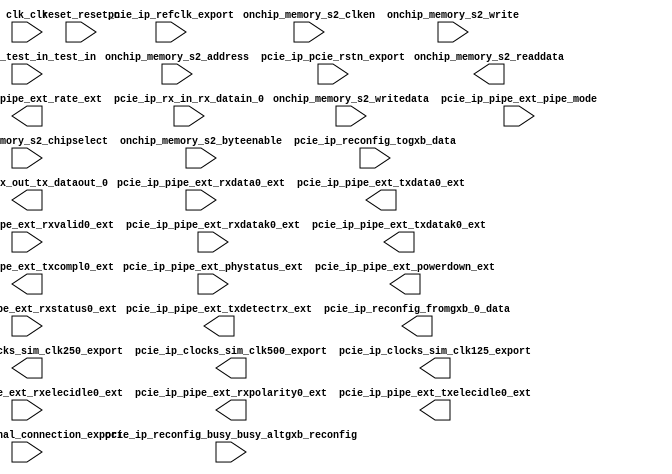

module cinnabon_fpga_qsys (
	clk_clk,
	onchip_memory_s2_address,
	onchip_memory_s2_chipselect,
	onchip_memory_s2_clken,
	onchip_memory_s2_write,
	onchip_memory_s2_readdata,
	onchip_memory_s2_writedata,
	onchip_memory_s2_byteenable,
	pcie_ip_clocks_sim_clk250_export,
	pcie_ip_clocks_sim_clk500_export,
	pcie_ip_clocks_sim_clk125_export,
	pcie_ip_pcie_rstn_export,
	pcie_ip_pipe_ext_pipe_mode,
	pcie_ip_pipe_ext_phystatus_ext,
	pcie_ip_pipe_ext_rate_ext,
	pcie_ip_pipe_ext_powerdown_ext,
	pcie_ip_pipe_ext_txdetectrx_ext,
	pcie_ip_pipe_ext_rxelecidle0_ext,
	pcie_ip_pipe_ext_rxdata0_ext,
	pcie_ip_pipe_ext_rxstatus0_ext,
	pcie_ip_pipe_ext_rxvalid0_ext,
	pcie_ip_pipe_ext_rxdatak0_ext,
	pcie_ip_pipe_ext_txdata0_ext,
	pcie_ip_pipe_ext_txdatak0_ext,
	pcie_ip_pipe_ext_rxpolarity0_ext,
	pcie_ip_pipe_ext_txcompl0_ext,
	pcie_ip_pipe_ext_txelecidle0_ext,
	pcie_ip_reconfig_busy_busy_altgxb_reconfig,
	pcie_ip_reconfig_fromgxb_0_data,
	pcie_ip_reconfig_togxb_data,
	pcie_ip_refclk_export,
	pcie_ip_rx_in_rx_datain_0,
	pcie_ip_test_in_test_in,
	pcie_ip_tx_out_tx_dataout_0,
	pio_0_external_connection_export,
	reset_reset_n);	

	input		clk_clk;
	input	[14:0]	onchip_memory_s2_address;
	input		onchip_memory_s2_chipselect;
	input		onchip_memory_s2_clken;
	input		onchip_memory_s2_write;
	output	[63:0]	onchip_memory_s2_readdata;
	input	[63:0]	onchip_memory_s2_writedata;
	input	[7:0]	onchip_memory_s2_byteenable;
	output		pcie_ip_clocks_sim_clk250_export;
	output		pcie_ip_clocks_sim_clk500_export;
	output		pcie_ip_clocks_sim_clk125_export;
	input		pcie_ip_pcie_rstn_export;
	input		pcie_ip_pipe_ext_pipe_mode;
	input		pcie_ip_pipe_ext_phystatus_ext;
	output		pcie_ip_pipe_ext_rate_ext;
	output	[1:0]	pcie_ip_pipe_ext_powerdown_ext;
	output		pcie_ip_pipe_ext_txdetectrx_ext;
	input		pcie_ip_pipe_ext_rxelecidle0_ext;
	input	[7:0]	pcie_ip_pipe_ext_rxdata0_ext;
	input	[2:0]	pcie_ip_pipe_ext_rxstatus0_ext;
	input		pcie_ip_pipe_ext_rxvalid0_ext;
	input		pcie_ip_pipe_ext_rxdatak0_ext;
	output	[7:0]	pcie_ip_pipe_ext_txdata0_ext;
	output		pcie_ip_pipe_ext_txdatak0_ext;
	output		pcie_ip_pipe_ext_rxpolarity0_ext;
	output		pcie_ip_pipe_ext_txcompl0_ext;
	output		pcie_ip_pipe_ext_txelecidle0_ext;
	input		pcie_ip_reconfig_busy_busy_altgxb_reconfig;
	output	[4:0]	pcie_ip_reconfig_fromgxb_0_data;
	input	[3:0]	pcie_ip_reconfig_togxb_data;
	input		pcie_ip_refclk_export;
	input		pcie_ip_rx_in_rx_datain_0;
	input	[39:0]	pcie_ip_test_in_test_in;
	output		pcie_ip_tx_out_tx_dataout_0;
	input	[15:0]	pio_0_external_connection_export;
	input		reset_reset_n;
endmodule